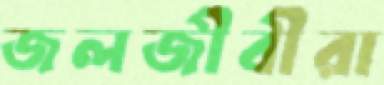
জলজীবীরা